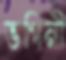
ভগিনী